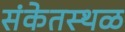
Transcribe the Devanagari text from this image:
संकेतस्‍थळ